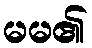
မမ၏